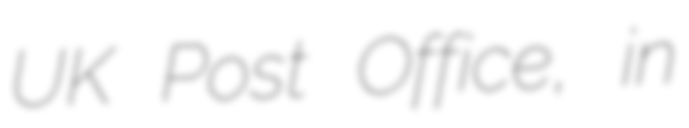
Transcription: UK Post Office, in